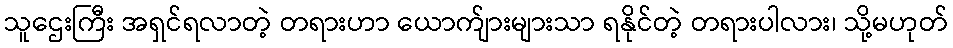
သူဌေးကြီး အရှင်ရလာတဲ့ တရားဟာ ယောက်ျားများသာ ရနိုင်တဲ့ တရားပါလား၊ သို့မဟုတ်